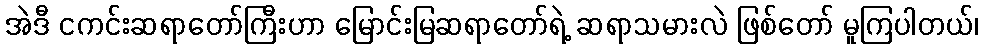
အဲဒီ ငကင်းဆရာတော်ကြီးဟာ မြောင်းမြဆရာတော်ရဲ့ ဆရာသမားလဲ ဖြစ်တော် မူကြပါတယ်၊